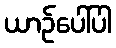
ယာဉ်ပေါ်ပါ